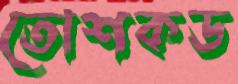
তোশকড